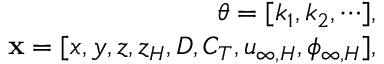
\begin{array} { r } { \boldsymbol { \theta } = [ k _ { 1 } , k _ { 2 } , \cdots ] , } \\ { \mathbf { x } = [ x , y , z , z _ { H } , D , C _ { T } , u _ { \infty , H } , \phi _ { \infty , H } ] , } \end{array}